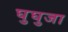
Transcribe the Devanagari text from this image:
घुघुजा